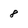
Character: 8